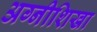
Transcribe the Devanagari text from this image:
अग्नीशिखा